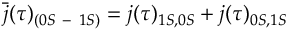
\bar { j } ( \tau ) _ { ( 0 S \mathrm { ~ - ~ } 1 S ) } = j ( \tau ) _ { 1 S , 0 S } + j ( \tau ) _ { 0 S , 1 S }